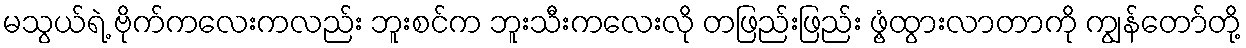
မသွယ်ရဲ့ ဗိုက်ကလေးကလည်း ဘူးစင်က ဘူးသီးကလေးလို တဖြည်းဖြည်း ဖွံ့ထွားလာတာကို ကျွန်တော်တို့